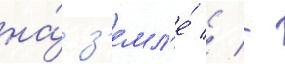
на́ з'емл'е́ // -